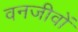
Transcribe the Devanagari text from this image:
वनजीवों